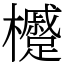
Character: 㰗